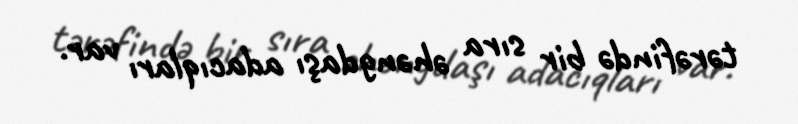
tərəfində bir sıra əhəngdaşı adacıqları var.